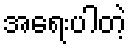
အရေးပါတဲ့